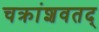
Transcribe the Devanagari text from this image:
चक्रांशवतद्